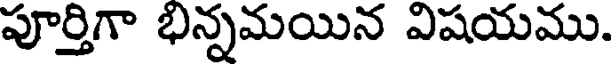
పూర్తిగా భిన్నమయిన విషయము.